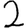
Digit: 2